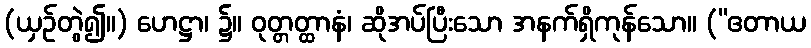
(ယှဉ်တွဲ၍။) ဟေဋ္ဌာ၊ ၌။ ဝုတ္တတ္ထာနံ၊ ဆိုအပ်ပြီးသော အနက်ရှိကုန်သော။ (“ဧတာယ